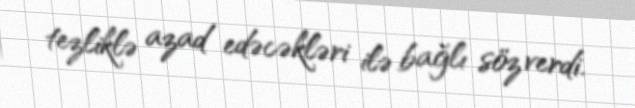
tezliklə azad edəcəkləri ilə bağlı söz verdi.